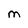
Character: M